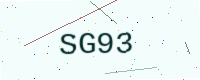
Text: SG93